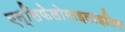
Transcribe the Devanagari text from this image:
एन्सिफेलोमाइलाइटिस